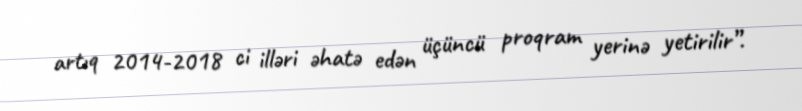
artıq 2014-2018 ci illəri əhatə edən üçüncü proqram yerinə yetirilir”.